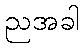
ညအခါ